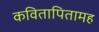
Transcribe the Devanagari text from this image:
कवितापितामह